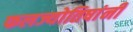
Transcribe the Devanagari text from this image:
फलज्योतिषांनी